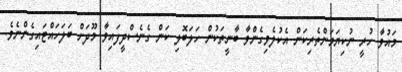
މައުވާ ހުރީ ނުކިޔަމަންތެރިކަން އެކުލެވިގެންވާ ބާނީތަކުން ހަލަބޮލި ކަން ގެނެސްދީފައިވާ މޫދަށް ބަލަހައްޓައިގެންނެވެ.